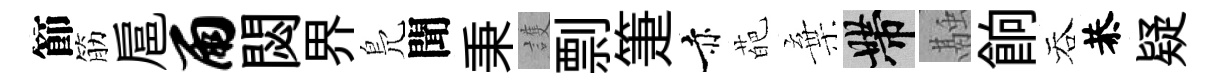
節筋扈雨閟界鳬聞秉護剽箑赤葩棄帶融餉吞恭疑